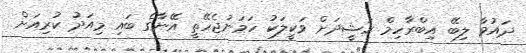
ދައުވާ ލިބޭ އިބްރާހިމް ރަޝީދަށް ވަކީލަކު ހަމަނުޖެހޭތީ އޭނާގެ ބައި މިއަދު ކުރިއަށް